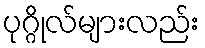
ပုဂ္ဂိုလ်များလည်း